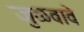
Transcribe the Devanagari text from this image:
जुळवावे